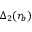
\Delta _ { 2 } ( r _ { b } )